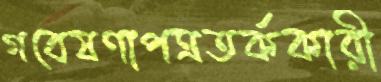
গবেষণাপত্রতর্ককারী